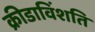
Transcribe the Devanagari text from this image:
क्रीडाविंशति